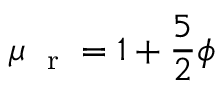
\mu _ { \mathrm { ~ \scriptsize ~ r ~ } } = 1 + \frac { 5 } { 2 } \phi